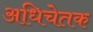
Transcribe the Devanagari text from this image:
अधिचेतक